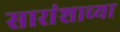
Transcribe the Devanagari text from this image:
सारांशाच्या